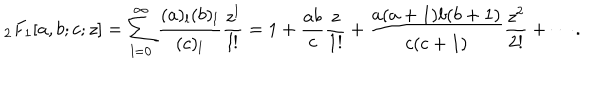
_ 2 F _ { 1 } [ a , b ; c ; z ] = \sum _ { l = 0 } ^ { \infty } { \frac { ( a ) _ { l } ( b ) _ { l } } { ( c ) _ { l } } } { \frac { z ^ { l } } { l ! } } = 1 + { \frac { a b } { c } } { \frac { z } { 1 ! } } + { \frac { a ( a + 1 ) b ( b + 1 ) } { c ( c + 1 ) } } { \frac { z ^ { 2 } } { 2 ! } } + \cdots .